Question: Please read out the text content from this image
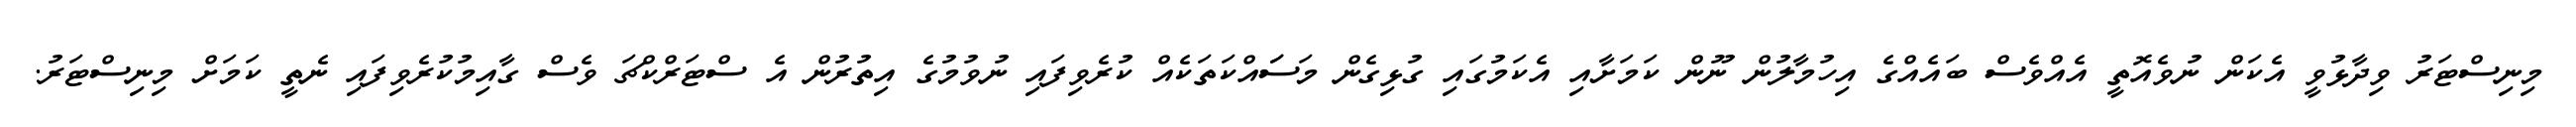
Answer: މިނިސްޓަރު ވިދާޅުވީ އެކަން ނުވެއޮތީ އެއްވެސް ބައެއްގެ އިހުމާލުން ނޫން ކަމަށާއި އެކަމުގައި ގުޅިގެން މަސަައްކަތަކެއް ކުރެވިފައި ނުވުމުގެ އިތުރުން އެ ސްޓަރްކްޗަ ވެސް ގާއިމުކުރެވިފައި ނެތީ ކަމަށް މިނިސްޓަރު.